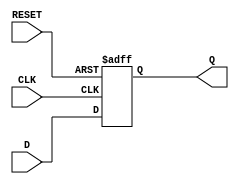
`timescale 1ns / 1ps
//////////////////////////////////////////////////////////////////////////////////
// Company: 
// Engineer: 
// 
// Design Name: 
// Module Name: D_FF_reset
// Project Name: 
// Target Devices: 
// Tool Versions: 
// Description: 
// 
// Dependencies: 
// 
// Revision:
// Revision 0.01 - File Created
// Additional Comments:
// 
//////////////////////////////////////////////////////////////////////////////////


module D_FF_reset(Q, D, CLK,RESET);

	output reg Q;
	input D, CLK, RESET;

	always @(posedge CLK or posedge RESET) begin
		if(RESET)
			Q <= 1'b0;
		else 
			Q <= D;
	end	
endmodule